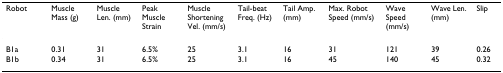
| Robot | Muscle Mass (g) | Muscle Len. (mm) | Peak Muscle Strain | Muscle Shortening Vel. (mm/s) | Tail-beat Freq. (Hz) | Tail Amp. (mm) | Max. Robot Speed (mm/s) | Wave Speed (mm/s) | Wave Len. (mm) | Slip |
 | --- | --- | --- | --- | --- | --- | --- | --- | --- | --- | --- |
 | B1a | 0.31 | 31 | 6.5% | 25 | 3.1 | 16 | 31 | 121 | 39 | 0.26 |
 | B1b | 0.34 | 31 | 6.5% | 25 | 3.1 | 16 | 45 | 140 | 45 | 0.32 |